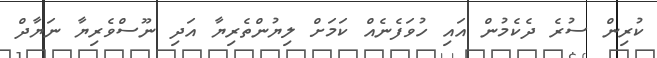
ކުރިން ސުރެ ދެކެމުން އައި ހުވަފެނެއް ކަމަށް ލިޔުންތެރިޔާ އަދި ނޫސްވެރިޔާ ނަޔާދް